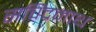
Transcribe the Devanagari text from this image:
सचिंद्रनाथ